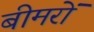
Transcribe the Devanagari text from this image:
बीमरों